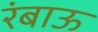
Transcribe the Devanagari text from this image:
रंबाऊ